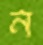
ন